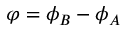
\varphi = \phi _ { B } - \phi _ { A }